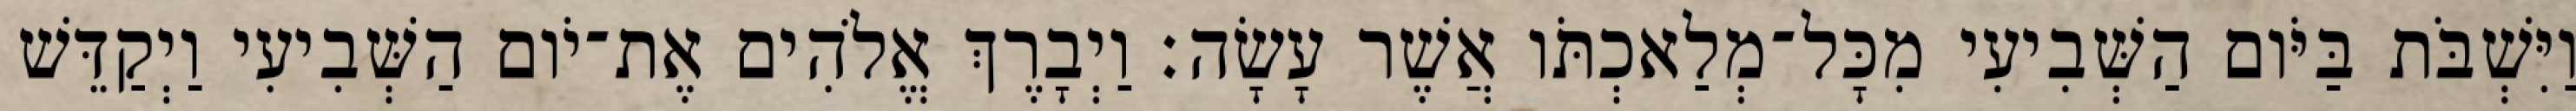
וַיִּשְׁבֹּת בַּיֹּום הַשְּׁבִיעִי מִכָּל־מְלַאכְתֹּו אֲשֶׁר עָשָׂה׃ וַיְבָרֶךְ אֱלֹהִים אֶת־יֹום הַשְּׁבִיעִי וַיְקַדֵּשׁ